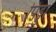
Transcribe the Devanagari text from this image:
पिड्डा